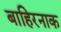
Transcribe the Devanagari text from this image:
बाहिरनाक